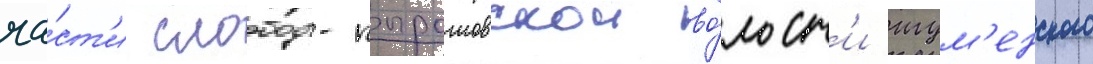
ча́ст'и слободо-пырошовскои во́лост'и игум'енского